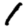
Digit: 1